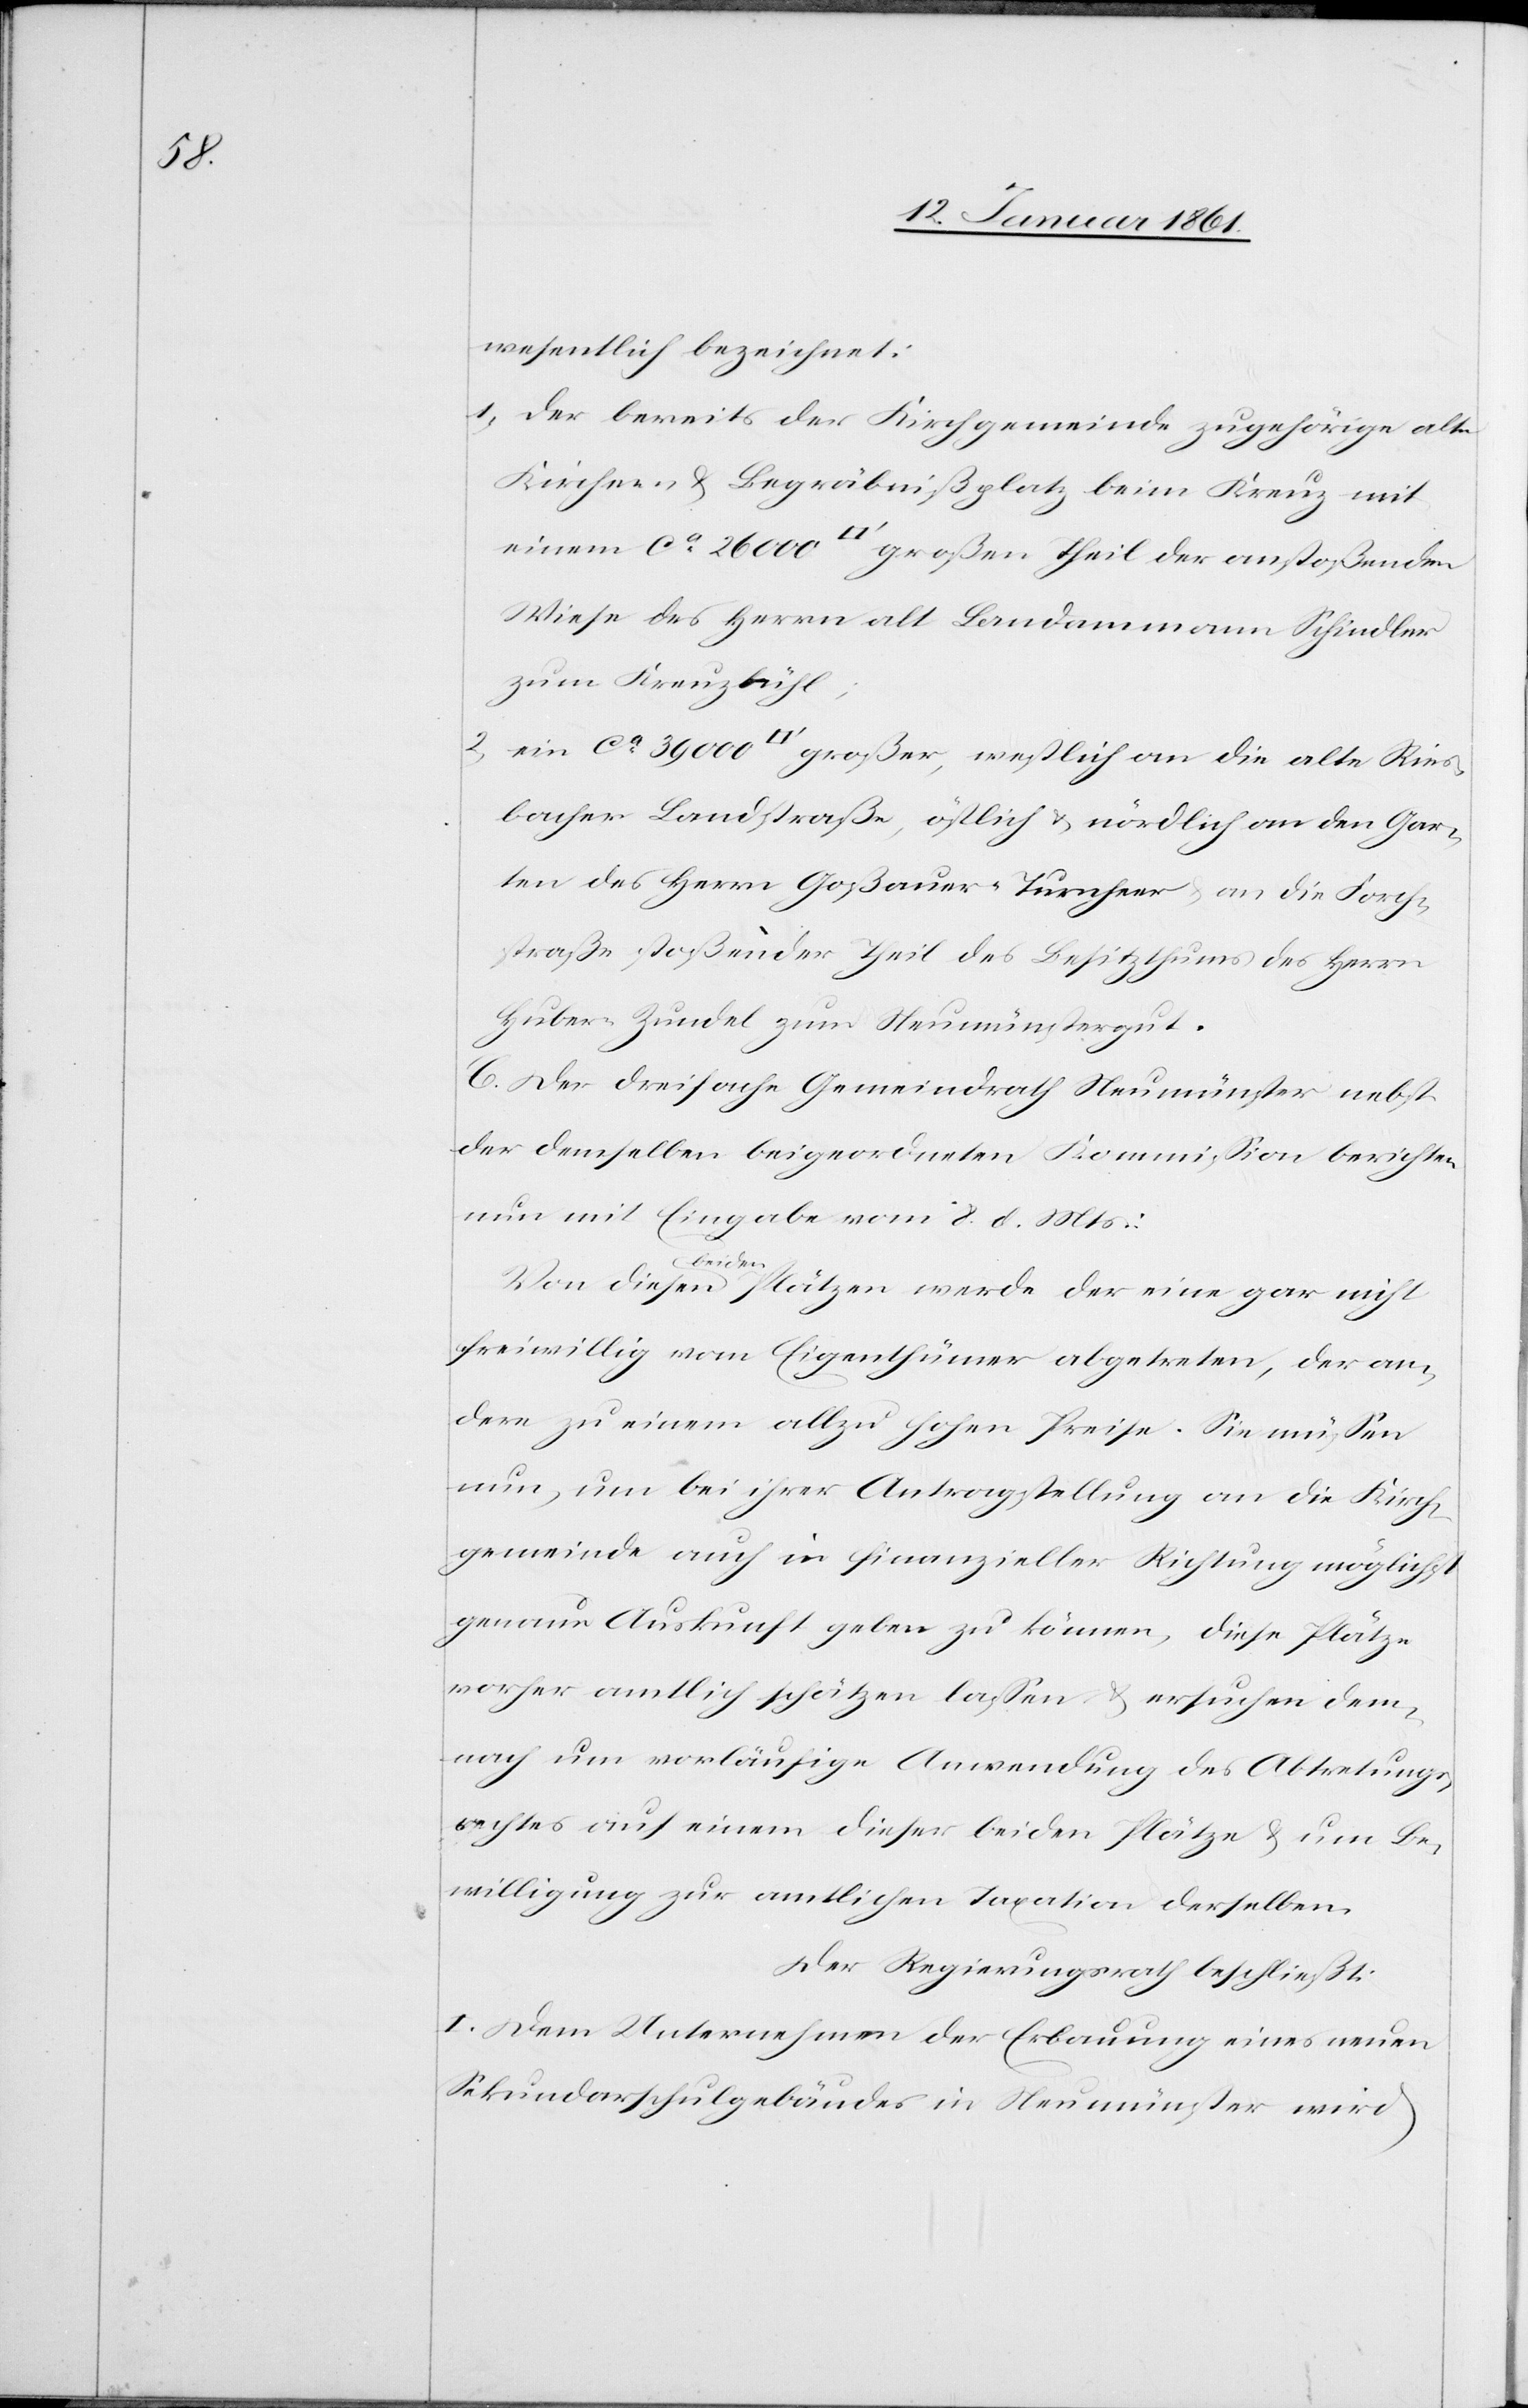
wesentlich bezeichnet:
1) Der bereits der Kirchgemeinde zugehörige alte
Kirchen[-] u. Begräbnißplatz beim Kreuz mit
einem ca 26 000 [Quadratfuß] großen Theil der anstoßenden
Wiese des Herrn alt Landammann Schindler
zum Kreuzbühl;
2) ein ca 39 000 [Quadratfuß] großer, westlich an die alte Ries¬
bacher Landstraße, östlich u. nördlich an den Gar¬
ten des Herrn Goßauer-Turnherr u. an die Forch¬
straße stoßender Theil des Besitzthums des Herrn
Huber-Zundel zum Neumünstergut.
C. Der dreifache Gemeindrath Neumünster nebst
der demselben beigeordneten Kommission berichten
nun mit Eingabe vom 8. d. Mts:
Von diesen beiden Plätzen werde der eine gar nicht
freiwillig vom Eigenthümer abgetreten, der an¬
dere zu einem allzu hohen Preise. Sie müssen
nun, um bei ihrer Antragstellung an die Kirch¬
gemeinde auch in finanzieller Richtung möglichst
genaue Auskunft geben zu können, diese Plätze
vorher amtlich schätzen lassen u. ersuchen dem¬
nach um vorläufige Anwendung des Abtretungs¬
rechtes auf einem dieser beiden Plätze u. um Be¬
willigung zur amtlichen Taxation derselben.
Der Regierungsrath beschließt:
I. Dem Unternehmen der Erbauung eines neuen
Sekundarschulgebäudes in Neumünster wird